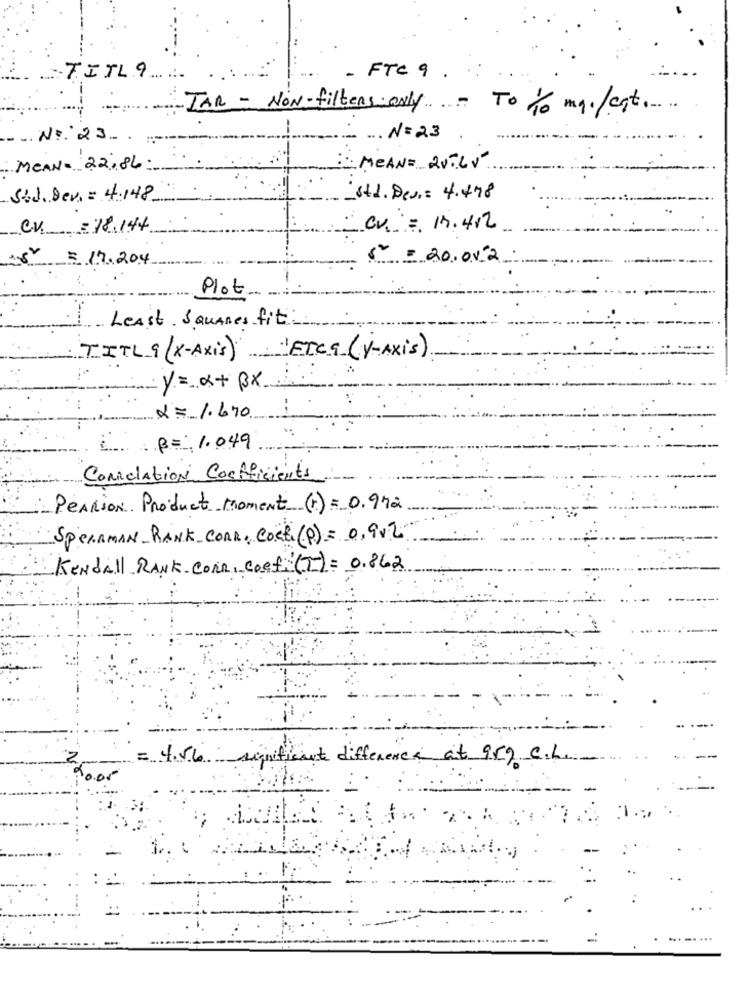
. T.ITL 9.
- FTC 9 .
TAR - NON-filters only ....- To 10 mg./cgt .....
-
.. No: 23.
. ... N=23
MEAN- 22,86
: MEAN= 2VILV
St.J. Dev. = 4.148
Std. Dev .= 4.478
CV. = 18.144
CV = 13.412
3 1.7.204
= = 20.00-2.
Plot.
Least Squares fit
TITL 9 (X-Axis) ETCa (Y-AXIS)
y= x+ BX
x = 1.670
p= 1.049
ConRelation Coefficients
PEARSON Product moment (F) = 0.972
SpeARMAN RANK CORR, Corti (p) = 0,9v2
Kendall RANK Corn, coefi (T) = 0.862
2
= 4.56
significant difference at 959 c.L.
....